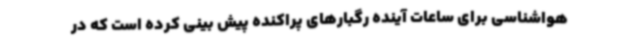
هواشناسی برای ساعات آینده رگبارهای پراکنده پیش بینی کرده است که در